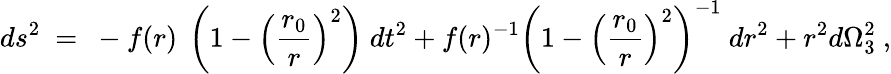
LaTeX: ds^{2}~=~-f(r)~\left(1-\left(\frac{r_{0}}{r}\right)^{2}\right)~dt^{2}+f(r)^{-1}\left(1-\left(\frac{r_{0}}{r}\right)^{2}\right)^{-1}~dr^{2}+r^{2}d\Omega_{3}^{2}~,